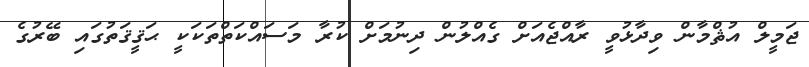
ޖަމީލް އުޘްމާން ވިދާޅުވީ ރާއްޖެއަށް ގެއްލުން ދިނުމަށް ކުރާ މަސައްކަތްތަކަކީ ޙަޤީޤަތުގައި ބޭރުގެ